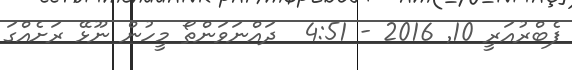
ފެބްރުއަރީ 10